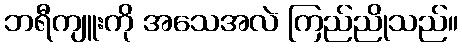
ဘရီကျူးကို အသေအလဲ ကြည်ညိုသည်။